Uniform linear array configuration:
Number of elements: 4
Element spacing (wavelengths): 0.25
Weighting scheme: hann
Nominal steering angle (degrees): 30
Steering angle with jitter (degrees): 29.564
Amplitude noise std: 0.05
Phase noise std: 0.05

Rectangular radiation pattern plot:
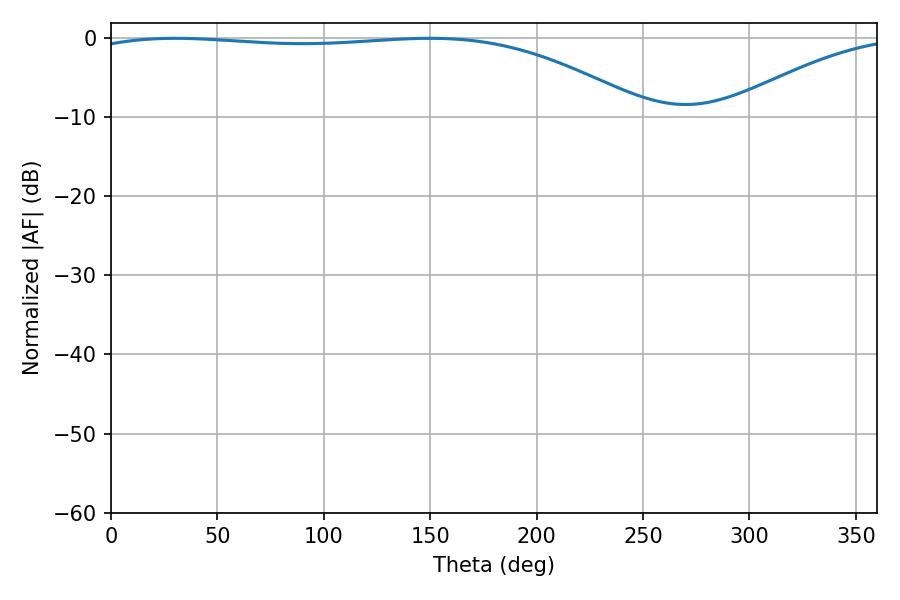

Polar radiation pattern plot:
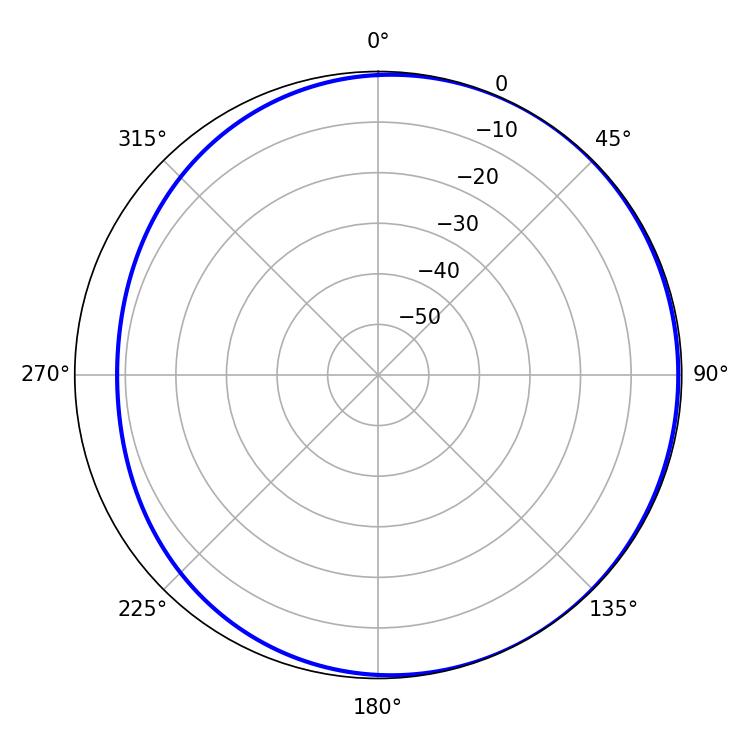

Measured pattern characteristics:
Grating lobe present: FALSE
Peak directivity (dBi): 1.991
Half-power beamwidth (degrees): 209.7
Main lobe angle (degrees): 30.24